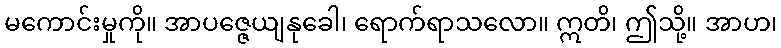
မကောင်းမှုကို။ အာပဇ္ဇေယျနုခေါ၊ ရောက်ရာသလော။ ဣတိ၊ ဤသို့။ အာဟ၊